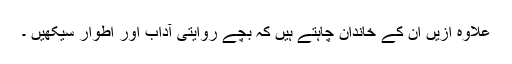
علاوہ ازیں ان کے خاندان چاہتے ہیں کہ بچے روایتی آداب اور اطوار سیکھیں ۔